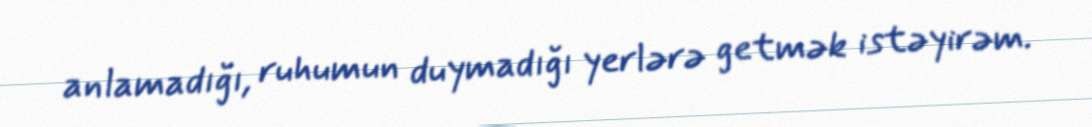
anlamadığı, ruhumun duymadığı yerlərə getmək istəyirəm.